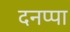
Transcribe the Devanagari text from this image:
दनप्पा